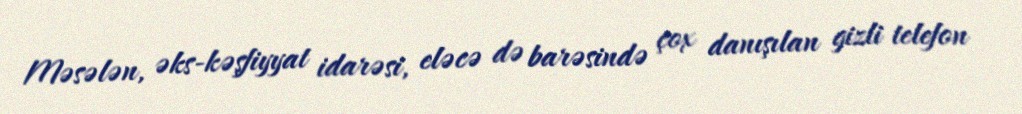
Məsələn, əks-kəşfiyyat idarəsi, eləcə də barəsində çox danışılan gizli telefon